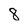
Character: 8